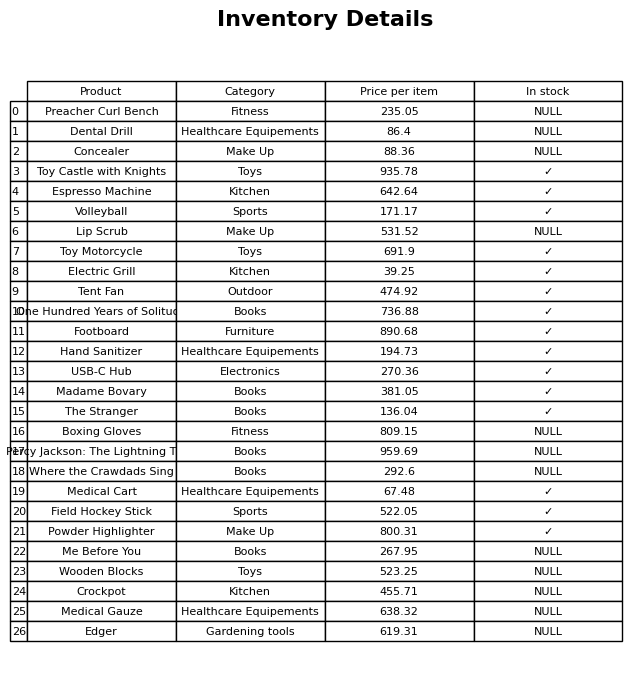
question: Is the Volleyball in stock?
answer: ✓